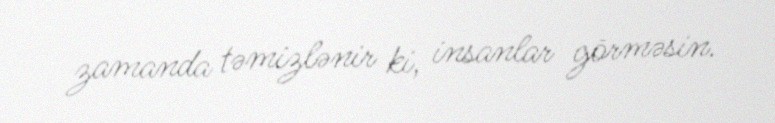
zamanda təmizlənir ki, insanlar görməsin.